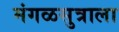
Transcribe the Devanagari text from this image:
मंगळसुत्राला